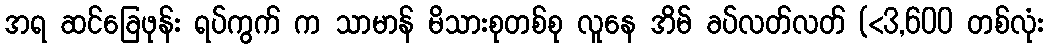
အရ ဆင်ခြေဖုန်း ရပ်ကွက် က သာမာန် မိသားစုတစ်စု လူနေ အိမ် ခပ်လတ်လတ် (<3,600 တစ်လုံး